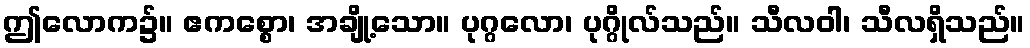
ဤလောက၌။ ဧကစ္စော၊ အချို့သော။ ပုဂ္ဂလော၊ ပုဂ္ဂိုလ်သည်။ သီလဝါ၊ သီလရှိသည်။